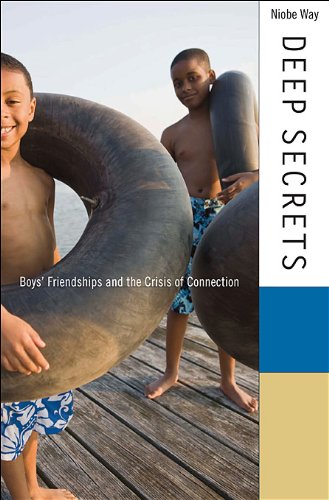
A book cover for Deep Secrets: Boys' Friendships and the Crisis of Connection; Niobe Way; Self-Help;